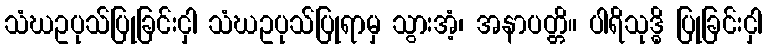
သံဃဥပုသ်ပြုခြင်းငှါ သံဃဥပုသ်ပြုရာမှ သွားအံ့၊ အနာပတ္တိ။ ပါရိသုဒ္ဓိ ပြုခြင်းငှါ